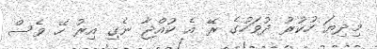
މިދިޔަ ހުކުރު ދުވަހުގެ ރޭ އެ ކުއްޖާ ނެގި އިރު ހޭ ވެސް